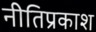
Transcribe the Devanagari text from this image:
नीतिप्रकाश